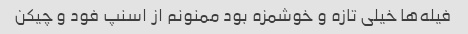
فیله‌ها خیلی تازه و خوشمزه بود ممنونم از اسنپ فود و چیکن